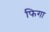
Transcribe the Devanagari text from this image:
फिगा